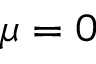
\mu = 0